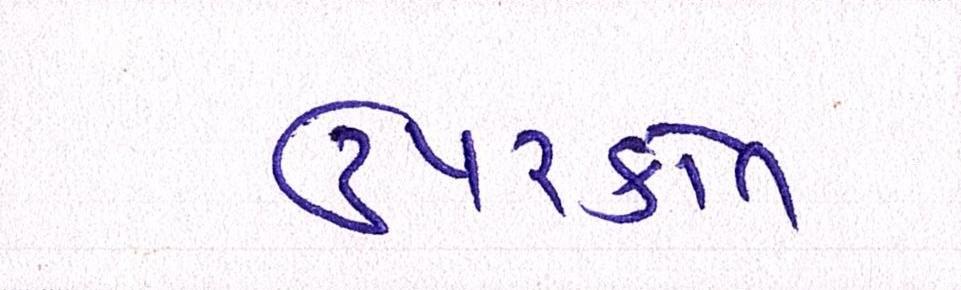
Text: ઉપરકોત